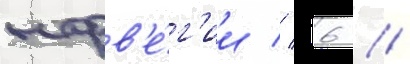
норв'е́г'ии // 6 //